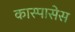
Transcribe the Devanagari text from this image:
कास्पासेस